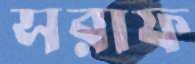
সরাফ